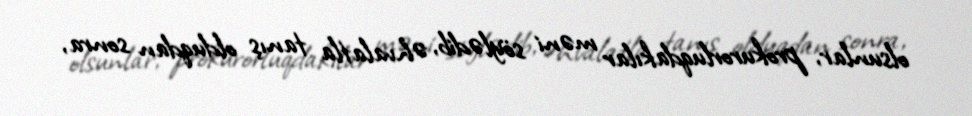
olsunlar, prokurorluqdakılar məni söylədib, əhvalatla tanış olduqdan sonra,